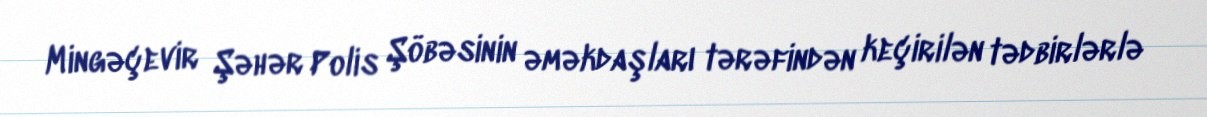
Mingəçevir Şəhər Polis Şöbəsinin əməkdaşları tərəfindən keçirilən tədbirlərlə